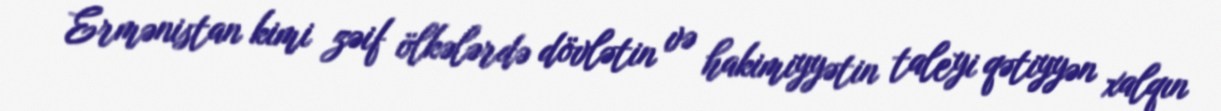
Ermənistan kimi zəif ölkələrdə dövlətin və hakimiyyətin taleyi qətiyyən xalqın